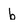
Character: b